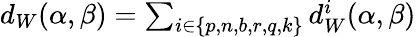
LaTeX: \begin{array}{r}{d_{W}(\alpha,\beta)=\sum_{i\in\{ p,n,b,r,q,k\} }d_{W}^{i}(\alpha,\beta)}\end{array}